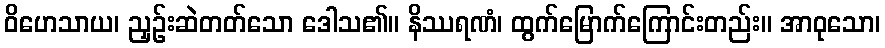
ဝိဟေသာယ၊ ညှဉ်းဆဲတတ်သော ဒေါသ၏။ နိဿရဏံ၊ ထွက်မြောက်ကြောင်းတည်း။ အာဝုသော၊